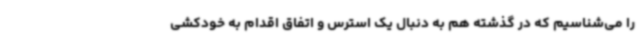
را می‌شناسیم که در گذشته هم به دنبال یک استرس و اتفاق اقدام به خودکشی